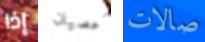
إذا عصيان صالات